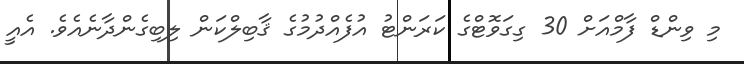
މި ވިންޑް ފާމްއަށް 30 ގިގަވޮޓްގެ ކަރަންޓު އުފެއްދުމުގެ ޤާބިލްކަން ލިބިގެންދާނެއެވެ. އެއީ